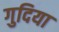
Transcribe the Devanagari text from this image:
गुदिया